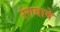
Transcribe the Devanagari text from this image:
रंगवावे